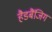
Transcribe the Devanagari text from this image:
हैडबैंजिग